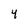
Character: 4